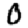
Digit: 0